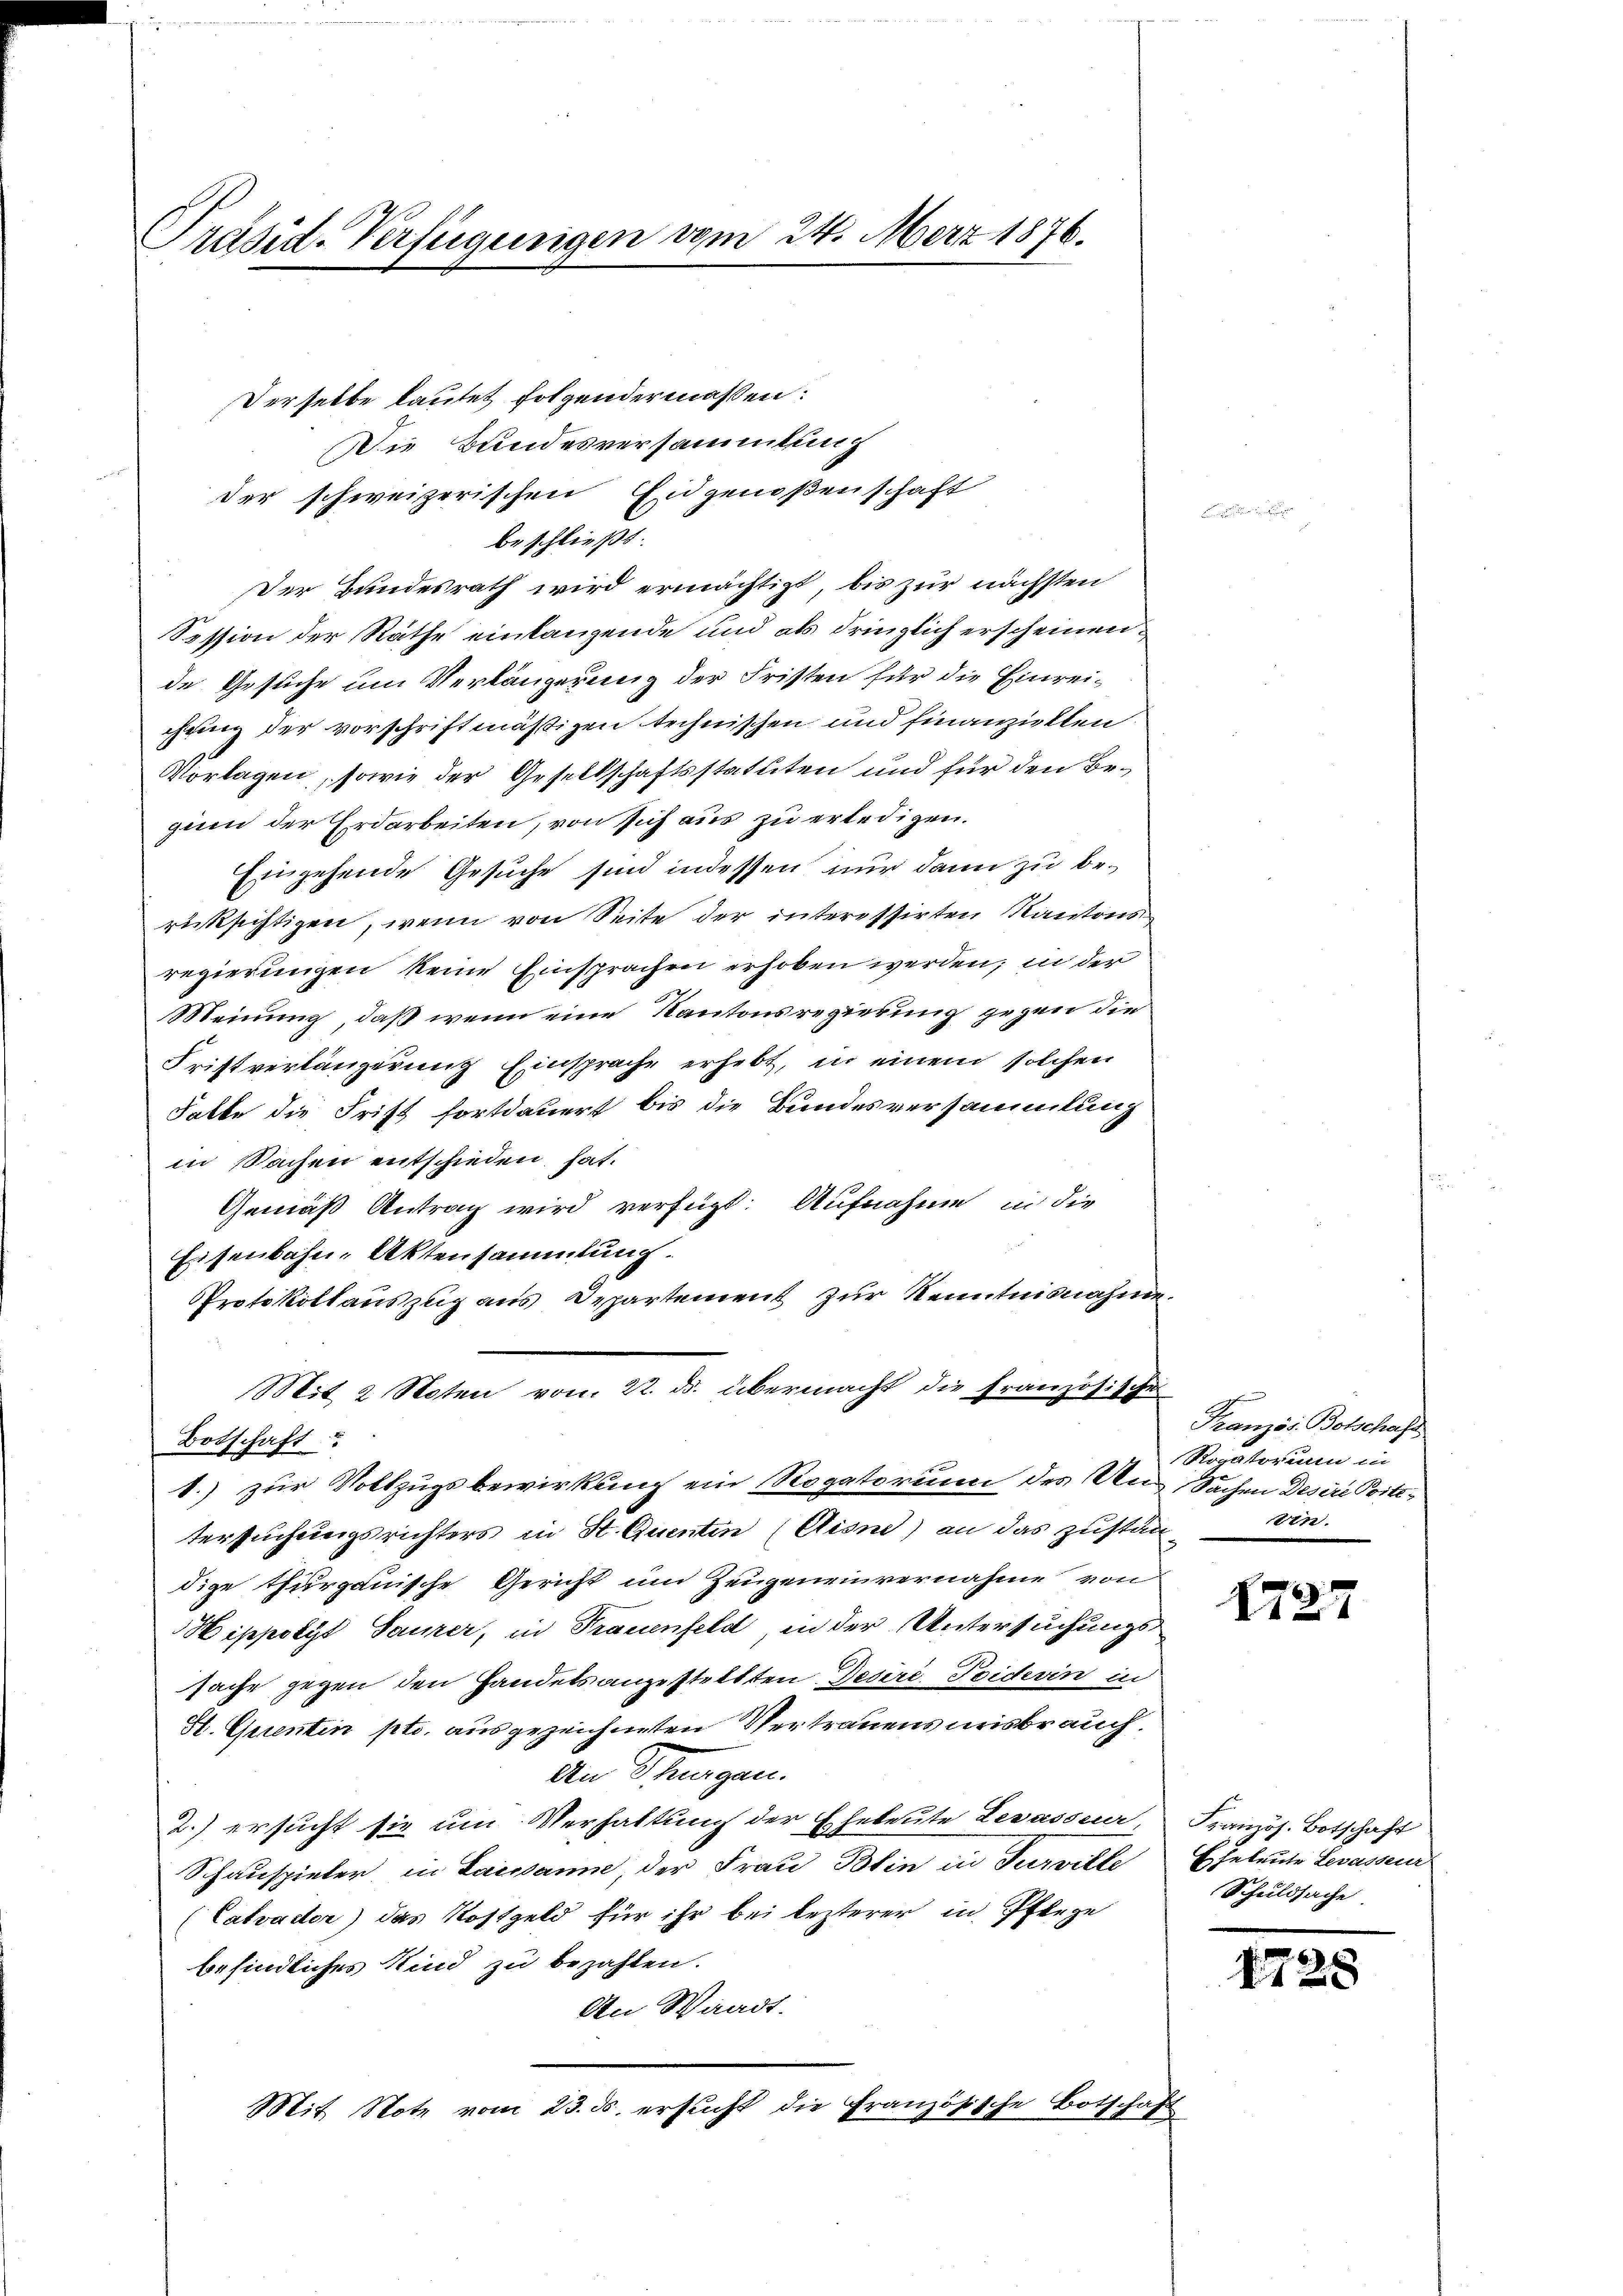
Präsid-Verfügungen vom 24. März 1876.

Derselbe lautet folgendermassen:
Die Bundesversammlung
der schweizerischen Eidgenoßenschaft
beschließt:
Der Bundesrath wird ermächtigt, bis zur nächsten
Session der Rathe einlangende und als dringlich erscheinende Gesuche um Verlängerung der Fristen für die Einreichung der vorschriftmäßigen technischen und finanziellen
Vorlagen, sowie der Gesellschaftsstatuten und für den Beginn der Erdarbeiten, von sich aus zu erledigen.
Eingehende Gesuche sind indessen nur dann zu berücksichtigen, wenn von Seite der interessirten Kantons
regierungen keine Einsprachen erhoben werden; in der
Meinung, daß wenn eine Kantonsregierung gegen die
Fristverlängerung Einsprache erhebt, in einem solchen
Falbe die Frist fortdauert bis die Bundesversammlung
in Sachen entschieden hat.
Gemäß Antrag wird verfügt: Aufnahme in die
Eisenbahn-Aktensammlung.
Protokollauszug aus Departement zur Kenntnisnahme
Mit 2 Noten vom 22. ds. übermacht die Französischen
Botschaft
1.) zur Vollzugsbewirkung ein Rogatorum des Un-
tersuchungsrichters in St. Quenten (Eisne) an das zuständige thurgauische Gericht um Zeugeneinvernahme von
Hippolyt Saurer, in Frauenfeld in der Untersuchungssache gegen den Handels angestellten Desiri, Poidevin in
H. Grenten pto. ausgezeichneten Vertrauens misbrauch.
An Dingen.
2.) ersucht sie um Verhaltung der Eheleute Lesasser
Schauspieler in Laissanne der Frau Blin in Turville
(Catvadter) das Kostgeld für ihr bei lezterer in Pflege
befindliches Kind zu bezahlen.
An Waadt.
Mit Notz vom 23. ds. ersucht die Französische Botschaft

Französ. Botschaft
Rogatorium in
Sachen Desere Poste
ein.

1725

Französ. Botschaft
Eheleute Levasseur.
Schuldsache

47.